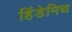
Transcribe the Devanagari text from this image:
हिंडेमिथ